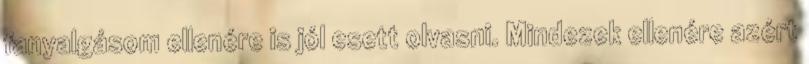
fanyalgásom ellenére is jól esett olvasni. Mindezek ellenére azért